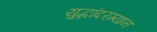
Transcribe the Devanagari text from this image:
युद्धांदरम्यान